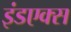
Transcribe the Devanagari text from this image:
इंडएक्स